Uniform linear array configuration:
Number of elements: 32
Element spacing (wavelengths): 0.25
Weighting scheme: uniform
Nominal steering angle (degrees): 30
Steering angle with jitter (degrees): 29.846
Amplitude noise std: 0.05
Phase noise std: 0.05

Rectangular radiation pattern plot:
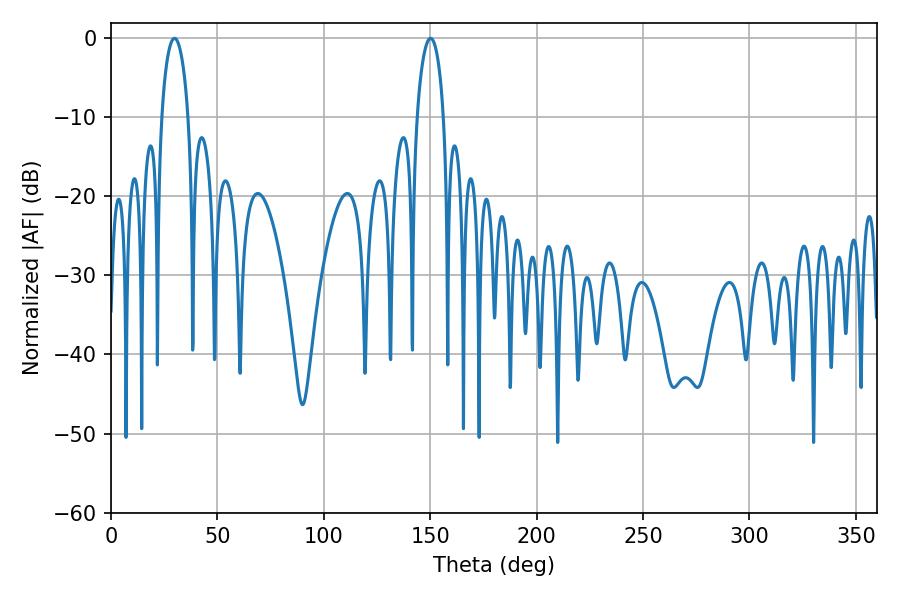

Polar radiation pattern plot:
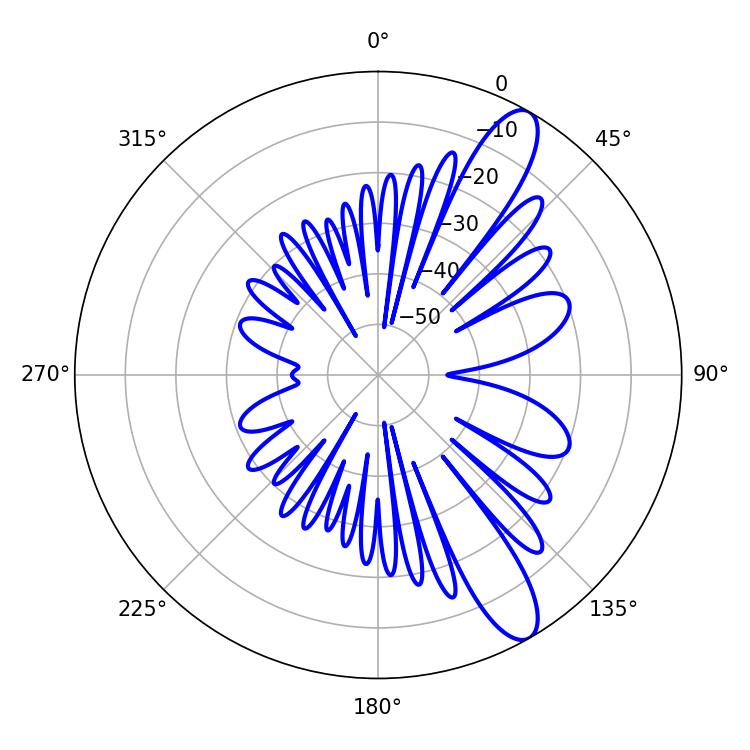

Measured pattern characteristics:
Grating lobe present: FALSE
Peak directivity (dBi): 11.415
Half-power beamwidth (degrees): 7.2
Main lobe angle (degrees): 29.88